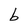
Character: b